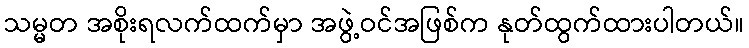
သမ္မတ အစိုးရလက်ထက်မှာ အဖွဲ့ဝင်အဖြစ်က နုတ်ထွက်ထားပါတယ်။